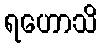
ရဟောသိ